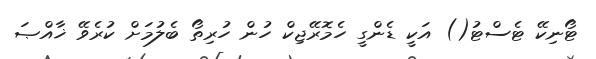
ޓޯނިކޭ ޓެސްޓު() އަކީ ޑެންގީ ހެމޮރޭޖިކް ހުން ހުރިތޯ ބެލުމަށް ކުރެވޭ ޚާއްޞަ